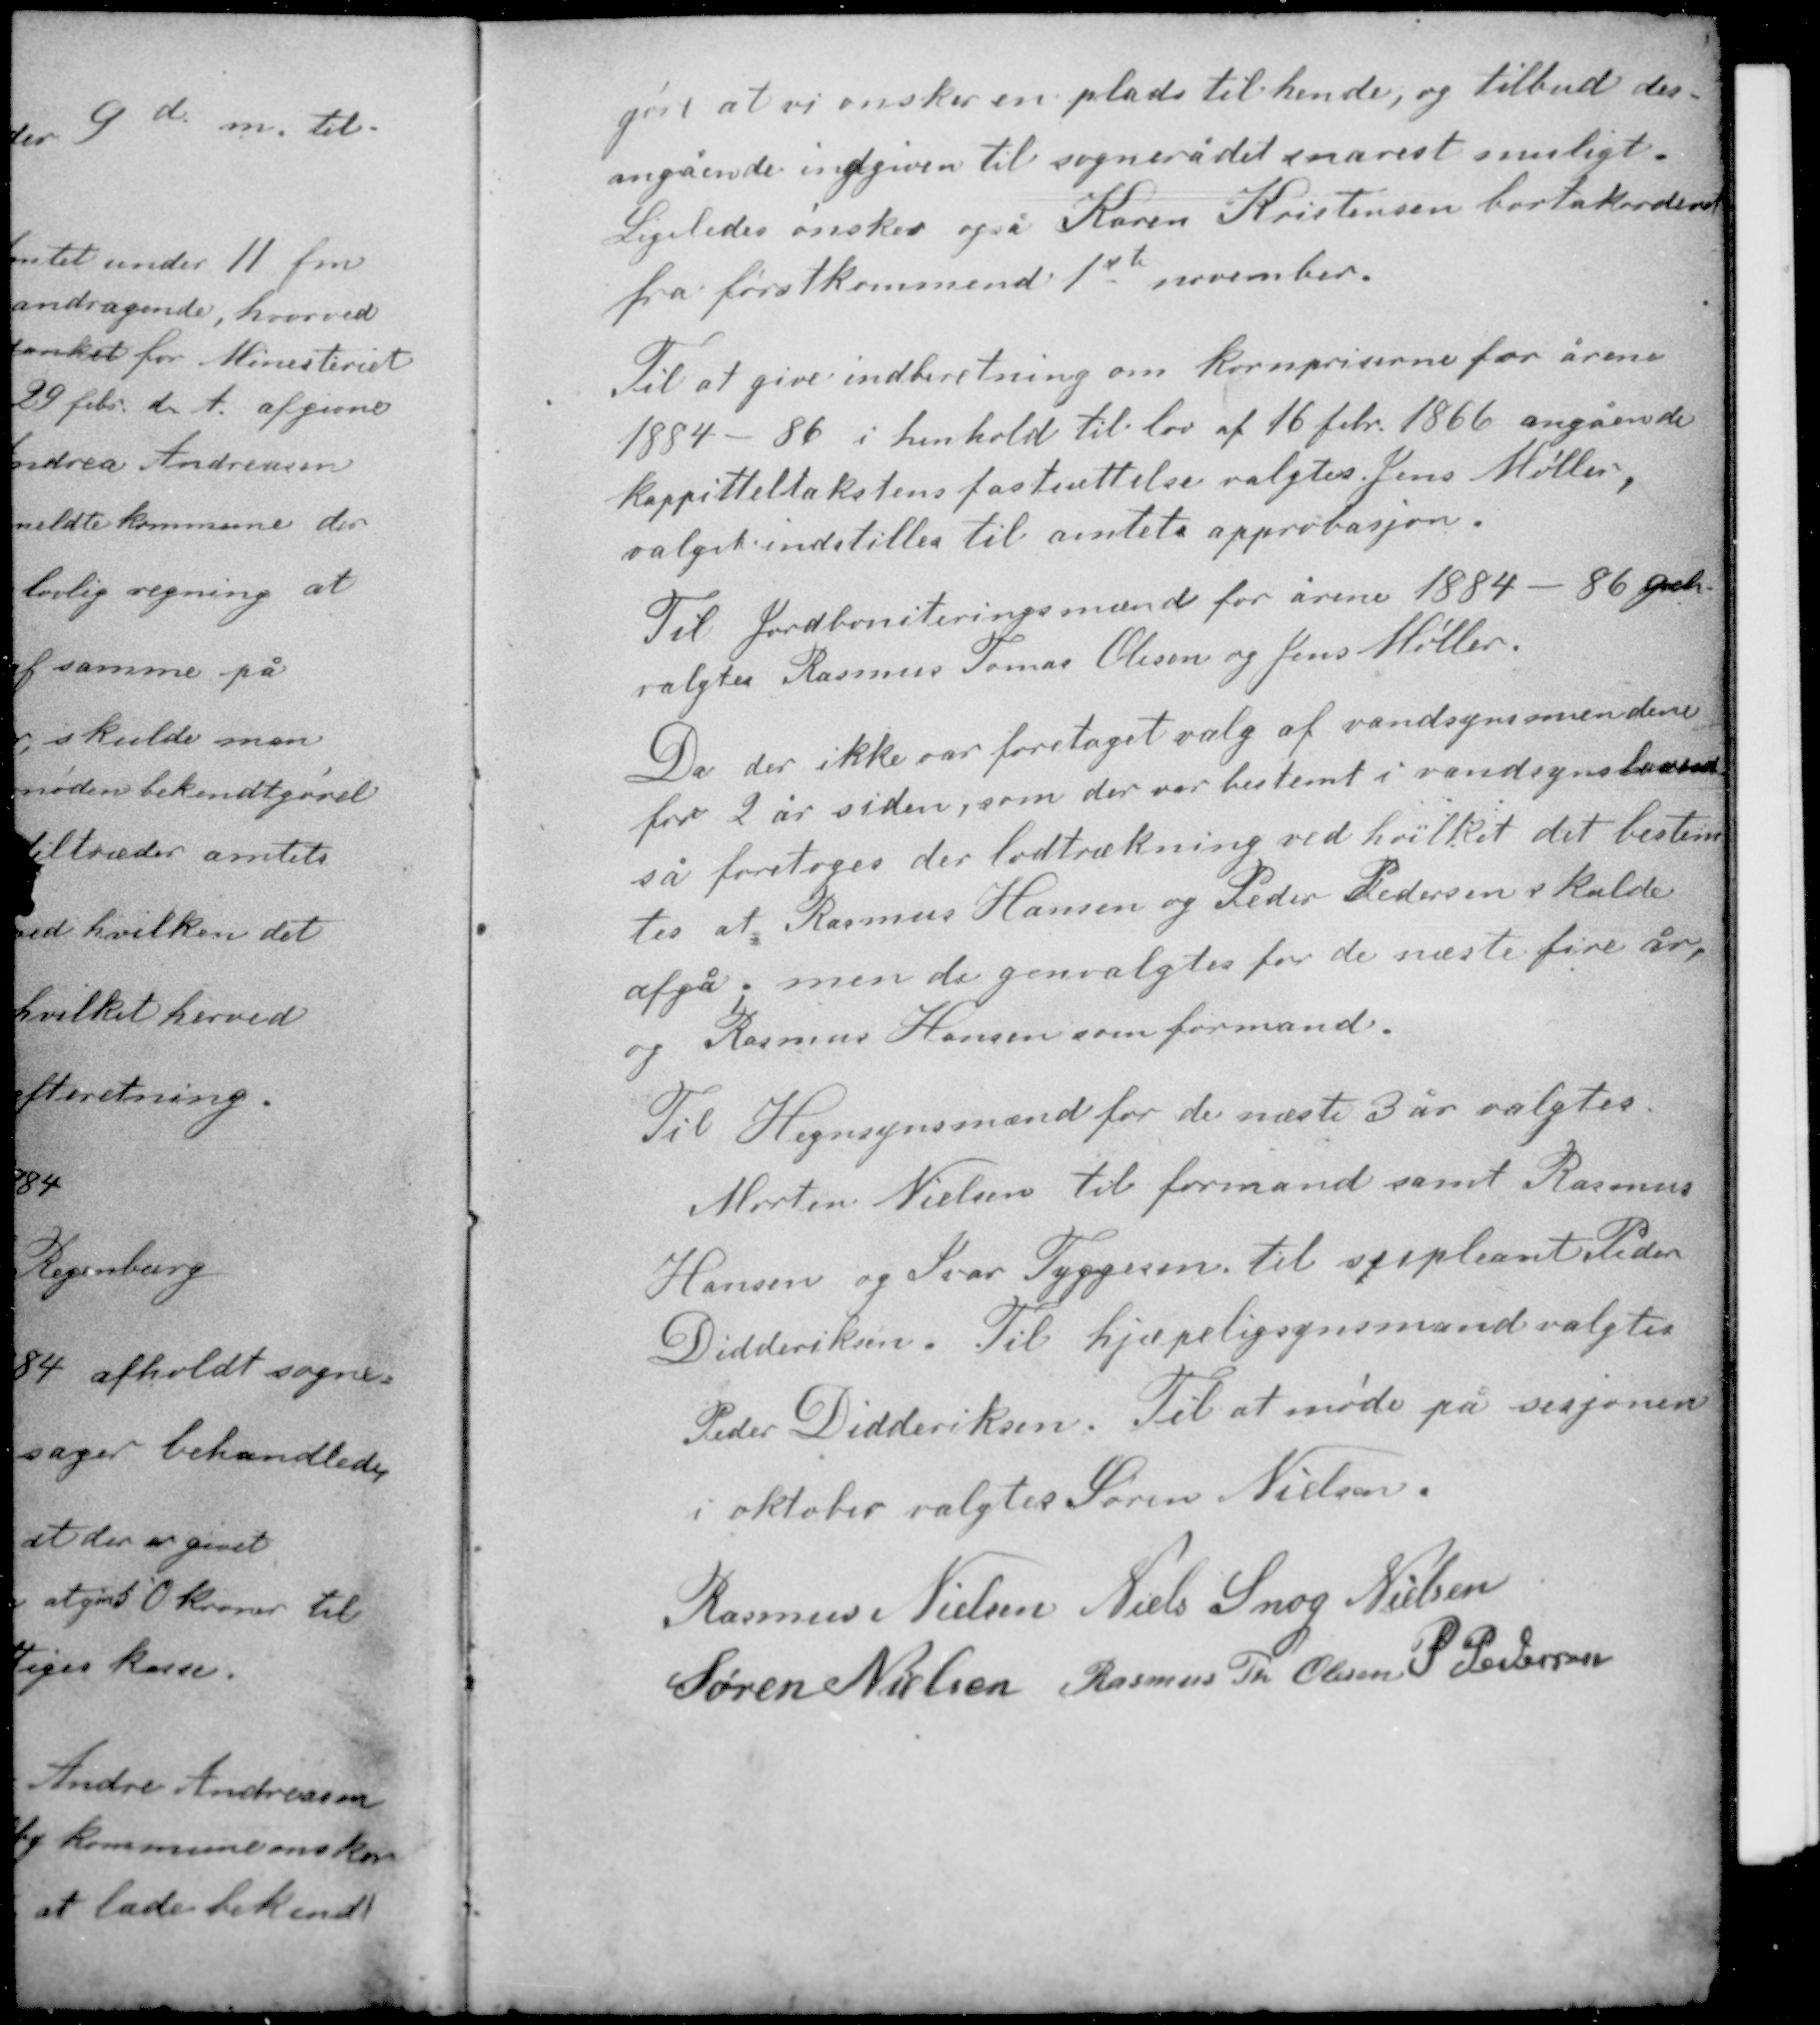
Transskription:
gørt at vi ønsker en plads til hende, og tilbud des-
angående indgiven til sognerådet snarest muligt.
Ligeledes ønskes også Karen Kristensen bortakorderet
fra førstkommende 1ste november.

Til at give indberetning om kornpriserne for årene
1884 - 86 i henhold til lov af 16 febr. 1866 angående
kappitteltakstens fastsættelse valgtes Jens Møller
valget indstilles til amtets approbasjon.

Til Jordboniteringsmænd for årene 1884 - 86 geh
valgtes Rasmus Tomas Olesen og Jens Møller.

Da der ikke var foretaget valg af vandsynsmændene
for 2 år siden, som der var bestemt i vandsynsloven
så foretoges der lodtrækning ved hvilket det bestem-
tes at Rasmus Hansen og Peder Pedersen skulde
afgå; men de genvalgtes for de næste fire år,
og Rasmus Hansen som formand.

Til Hegnsynsmænd for de næste 3 år valgtes
Morten Nielsen til formand samt Rasmus
Hansen og Ivar Tyggesen til supleant Peder
Didderiksen. Til hjælpeligsynsmand valgtes
Peder Didderiksen. Til at møde på sesjonen
i oktober valgtes Søren Nielsen.

Rasmus Nielsen Niels Snog Nielsen
Søren Nielsen Rasmus Th Olesen P. Pedersen